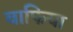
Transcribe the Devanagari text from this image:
वाफिया